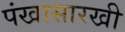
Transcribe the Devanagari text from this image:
पंखासारखी